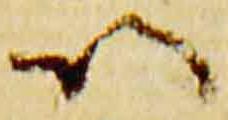
以